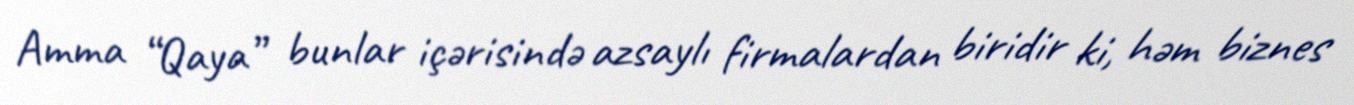
Amma “Qaya” bunlar içərisində azsaylı firmalardan biridir ki, həm biznes